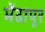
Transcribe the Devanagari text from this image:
मेंढापूर